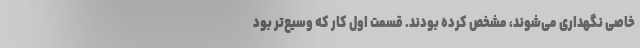
خاصی نگهداری می‌شوند، مشخص کرده بودند. قسمت اول کار که وسیع‌تر بود